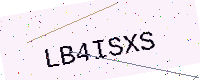
Text: LB4ISXS